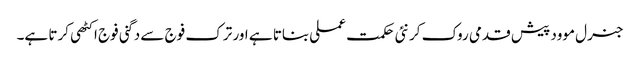
جنرل موود پیش قدمی روک کر نئی حکمت عملی بناتا ہے اور ترک فوج سے دگنی فوج اکٹھی کرتا ہے۔